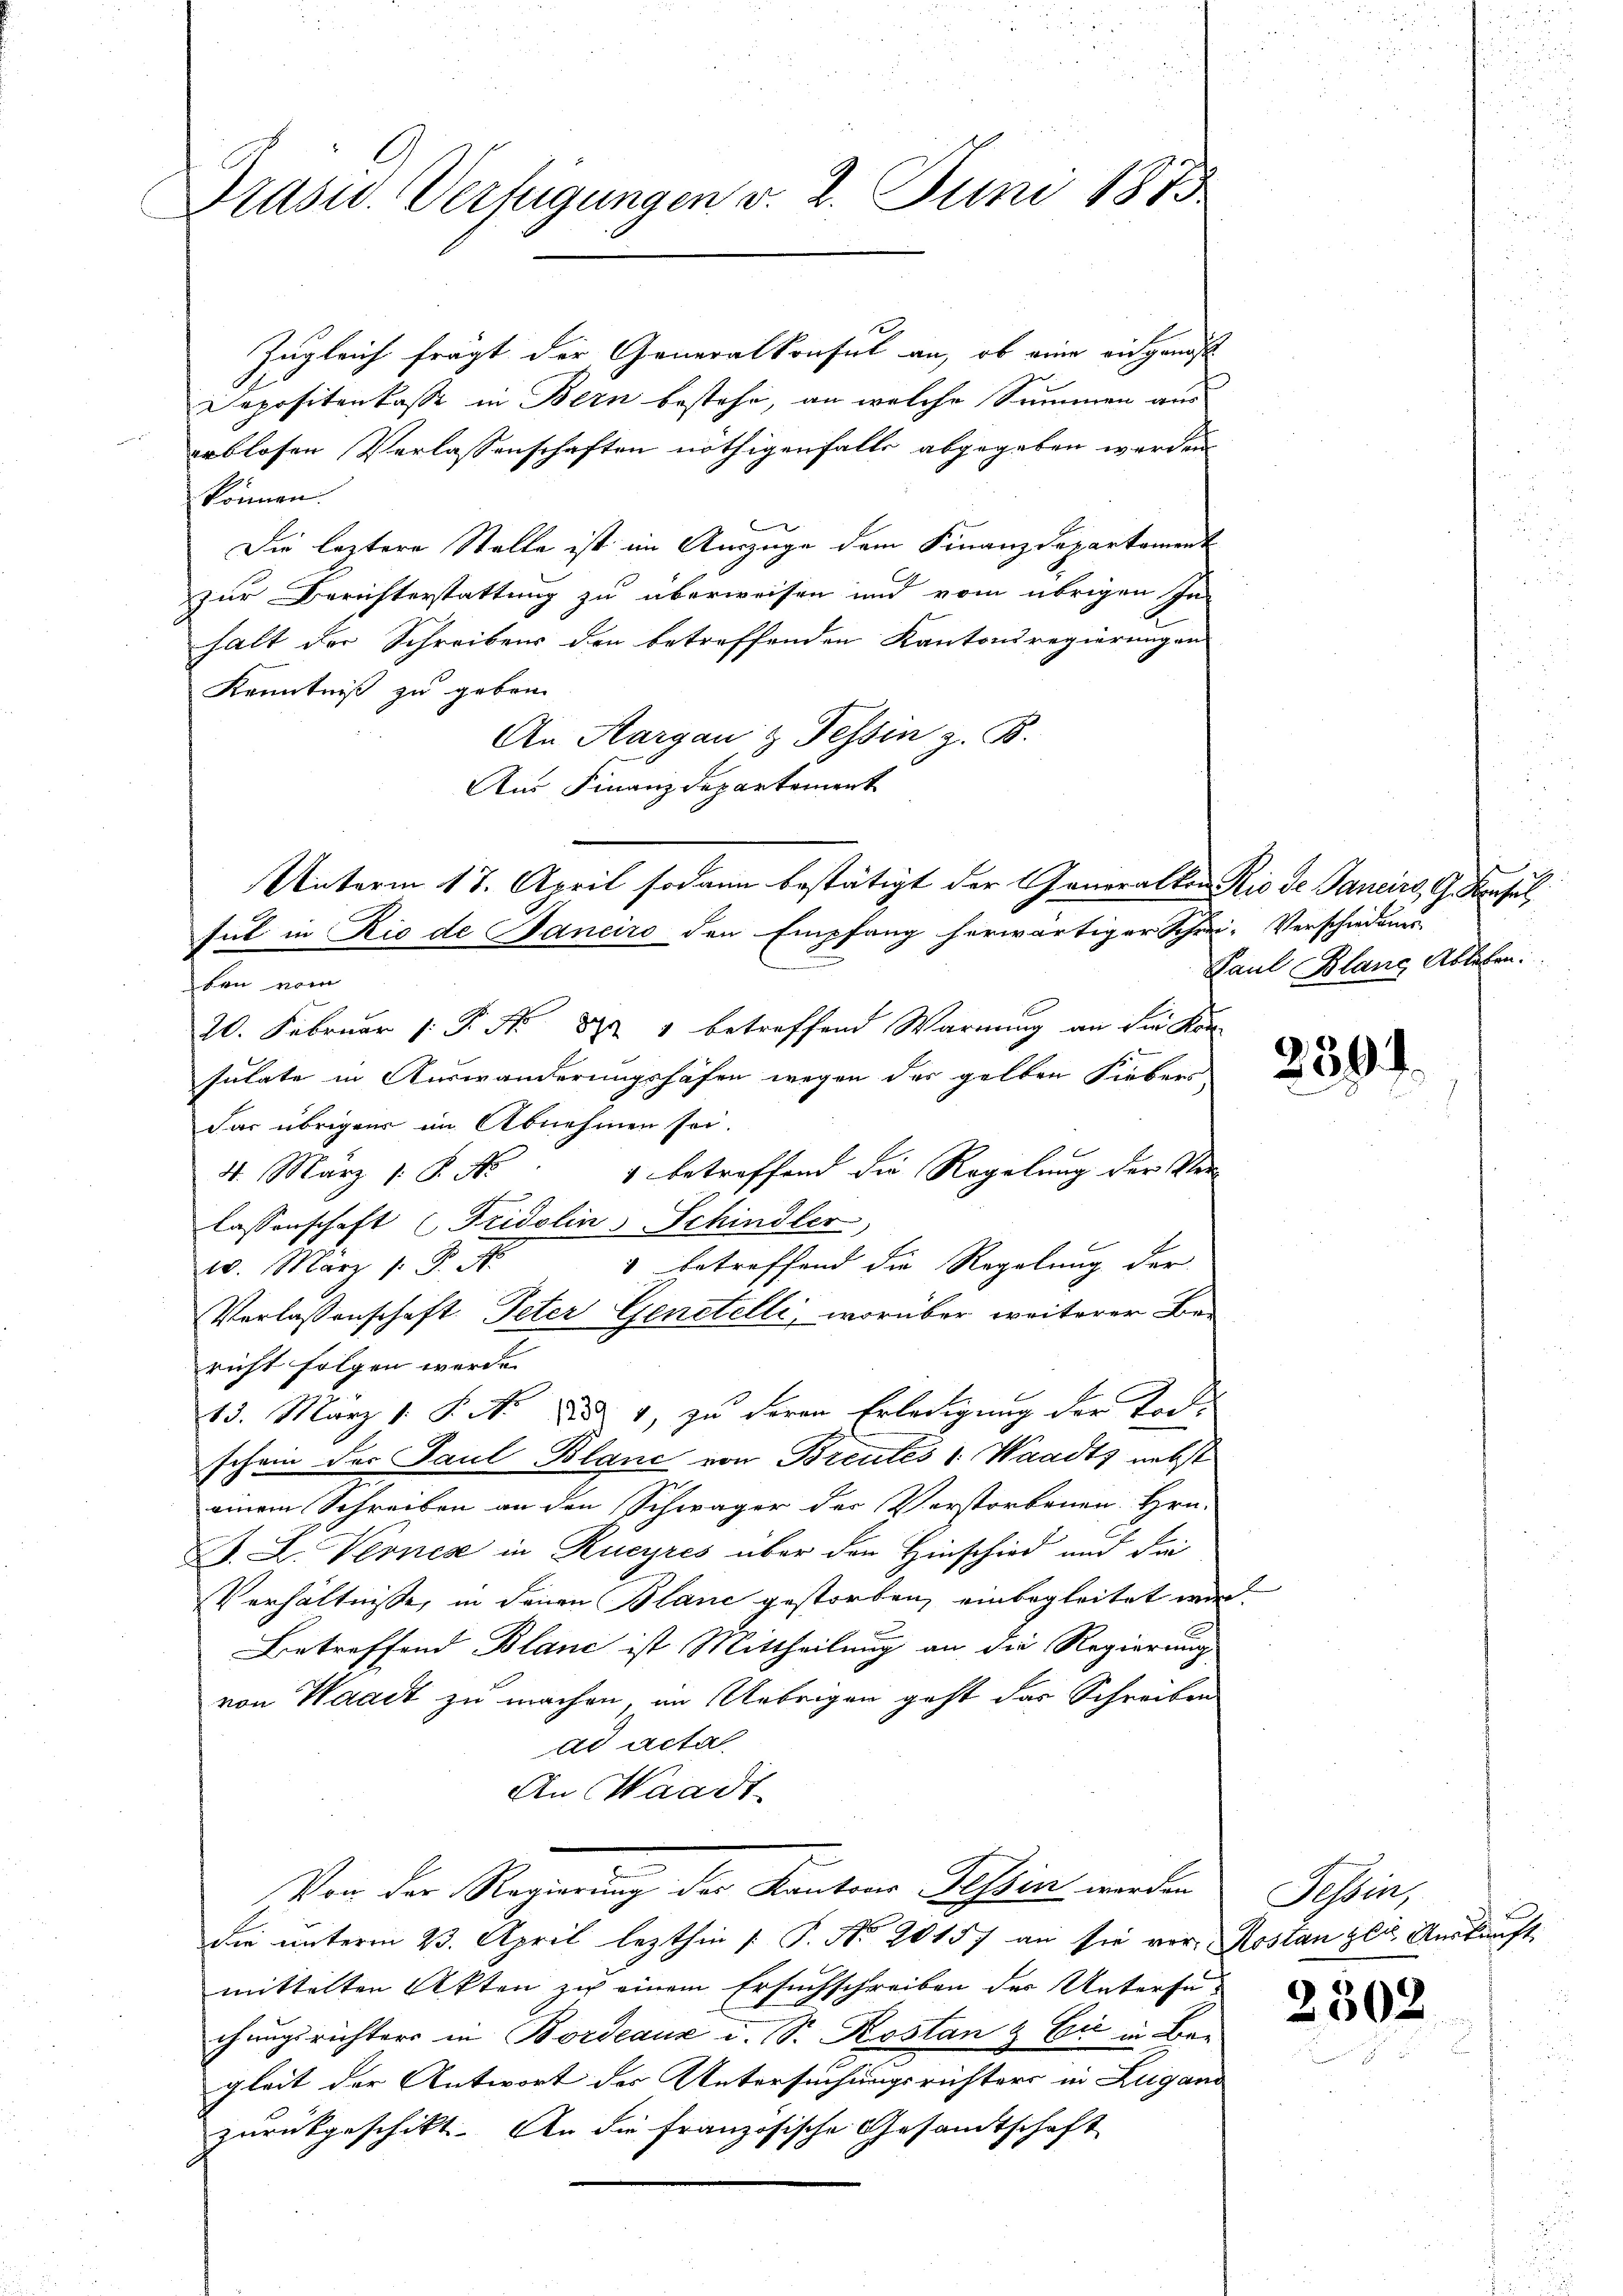
Präsid. Verfügungen v. 2. Juni 1875

Zugleich fragt der Generalkonsul an, ob eine ausgenöß
Depositenkasse in Bern bestehe, an welche Summen aus
erblosen Verlassenschaften nöthigenfalls abgegeben werden
können.
f
Die leztere Stelle ist im Auszüge dem Finanzdepartament
zur Berichterstattung zu überweisen und vom übrigen In-
halt der Schreibens den betreffenden Kantonsregierungen
Kenntniß zu geben.
An Aargau & Tessin z. B.
Au Finanzdepartement

Unterm 17. April sodann bestätigt der Generalkon Rio de Jancirs, G. Konsul,
sul in Rio de Janeiro den Empfang herwärtiger Schrei- Verschiedungs-

ben vom
20. Februar (: P. Nr. 822 1 betreffend Warnung an die Kon-
sulate in Auswanderungshöhen wegen der gelten Fieber
dar übrigens im Abnehmen sei.
4 betreffend die Regelung der Ver¬
4. März 1. No
lassenschaft (Fridolin Schindler,
w. März 1. P. Nr. 1 betreffend die Regelung der
Verlassenschaft Peter Genstelli, worüber weiterer Bericht folgen werde.
13. März 1. P. Nr. 1, zu deren Erledigung der Tochschein des Paul Blanc von Brentes : Waadt nebst
einem Schreiben an den Schwäger der Verstorbenen Hrn.
A. L. Verner in Rucyres über der Hinschied und die
Verhältnisse, in denen Blanc gestorben, einbegleitet wird.
Betreffend Blanc ist Mittheilung an die Regierung
von Waadt zu machen, im Uebrigen geht das Schreiben
ad acta
An Waadt
Von der Regierung der Kantons Tessin werden Tessin,
die unterm 23. April lezthin |: P. No 20157 an sie vor, Rostanzler Auskunft
mittelten Akten zu einem Ersuchschreiben der Untersuchungsrichters in Bordeaux i. S. Kostan & Cie in Ber
gleit der Antwort der Untersuchungsrichters in Zugand
zurückgeschikt. An die französische Gesamtschaft

Paul Blang Ableben:

2502